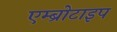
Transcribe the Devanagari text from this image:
एम्ब्रोटाइप